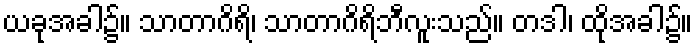
ယခုအခါ၌။ သာတာဂိရိ၊ သာတာဂိရိဘီလူးသည်။ တဒါ၊ ထိုအခါ၌။